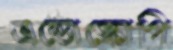
এন্ডোস্কোপি